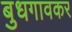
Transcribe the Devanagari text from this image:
बुधगावकर